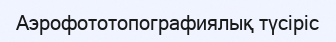
Аэрофототопографиялық түсіріс